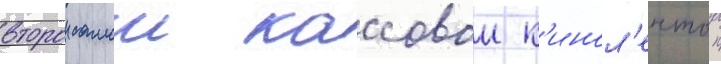
второи самои кассовои к'инол'ентои